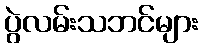
ပွဲလမ်းသဘင်များ